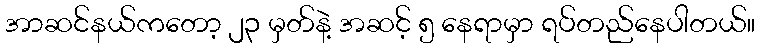
အာဆင်နယ်ကတော့ ၂၃ မှတ်နဲ့ အဆင့် ၅ နေရာမှာ ရပ်တည်နေပါတယ်။